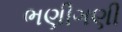
ભણીગણી